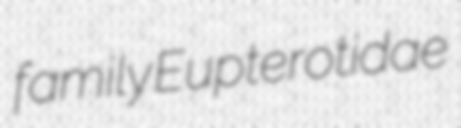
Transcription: family Eupterotidae